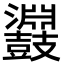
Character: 鼝